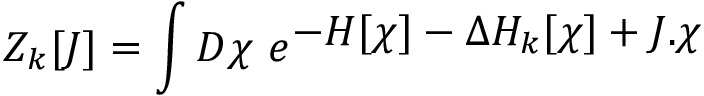
{ \cal Z } _ { k } [ J ] = \int D \chi \ e ^ { \displaystyle - H [ \chi ] - \Delta H _ { k } [ \chi ] + J . \chi }